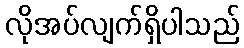
လိုအပ်လျက်ရှိပါသည်